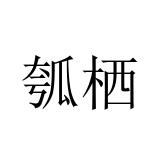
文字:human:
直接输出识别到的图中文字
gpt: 瓠栖